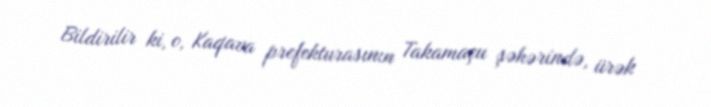
Bildirilir ki, o, Kaqava prefekturasının Takamaçu şəhərində, ürək